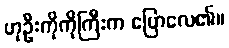
ဟုဦးကိုကိုကြီးက ပြောလေ၏။